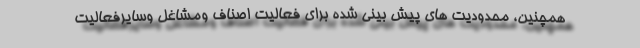
همچنین، محدودیت های پیش بینی شده برای فعالیت اصناف ومشاغل وسایرفعالیت